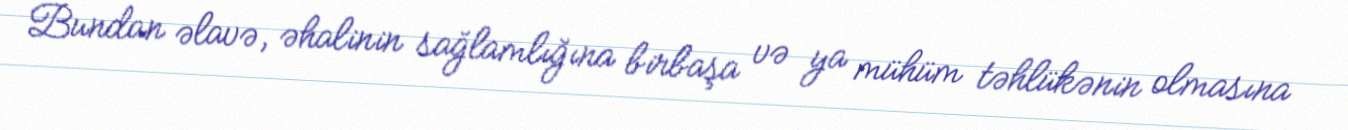
Bundan əlavə, əhalinin sağlamlığına birbaşa və ya mühüm təhlükənin olmasına